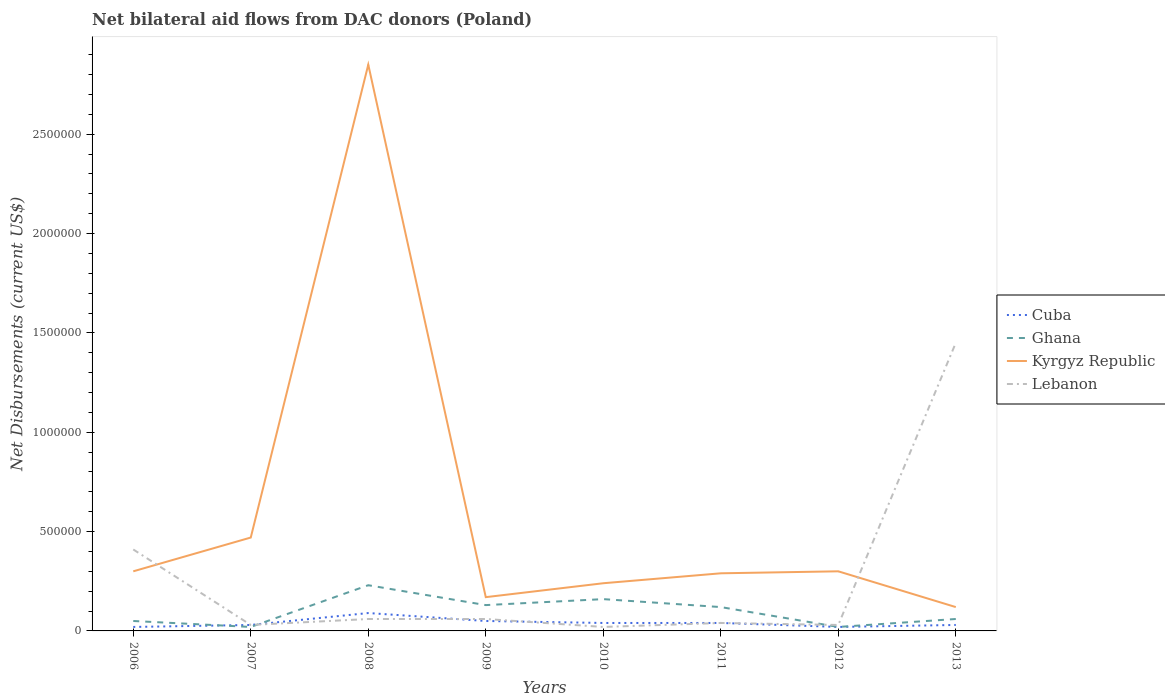
| Years | Cuba | Ghana | Kyrgyz Republic | Lebanon |
 | --- | --- | --- | --- | --- |
 | 2006 | 2e+04 | 5e+04 | 3e+05 | 4.1e+05 |
 | 2007 | 3e+04 | 2e+04 | 4.7e+05 | 3e+04 |
 | 2008 | 9e+04 | 2.3e+05 | 2.85e+06 | 6e+04 |
 | 2009 | 5e+04 | 1.3e+05 | 1.7e+05 | 6e+04 |
 | 2010 | 4e+04 | 1.6e+05 | 2.4e+05 | 2e+04 |
 | 2011 | 4e+04 | 1.2e+05 | 2.9e+05 | 4e+04 |
 | 2012 | 2e+04 | 2e+04 | 3e+05 | 3e+04 |
 | 2013 | 3e+04 | 6e+04 | 1.2e+05 | 1.45e+06 |